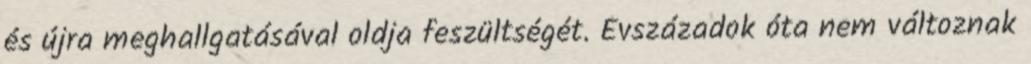
és újra meghallgatásával oldja feszültségét. Évszázadok óta nem változnak